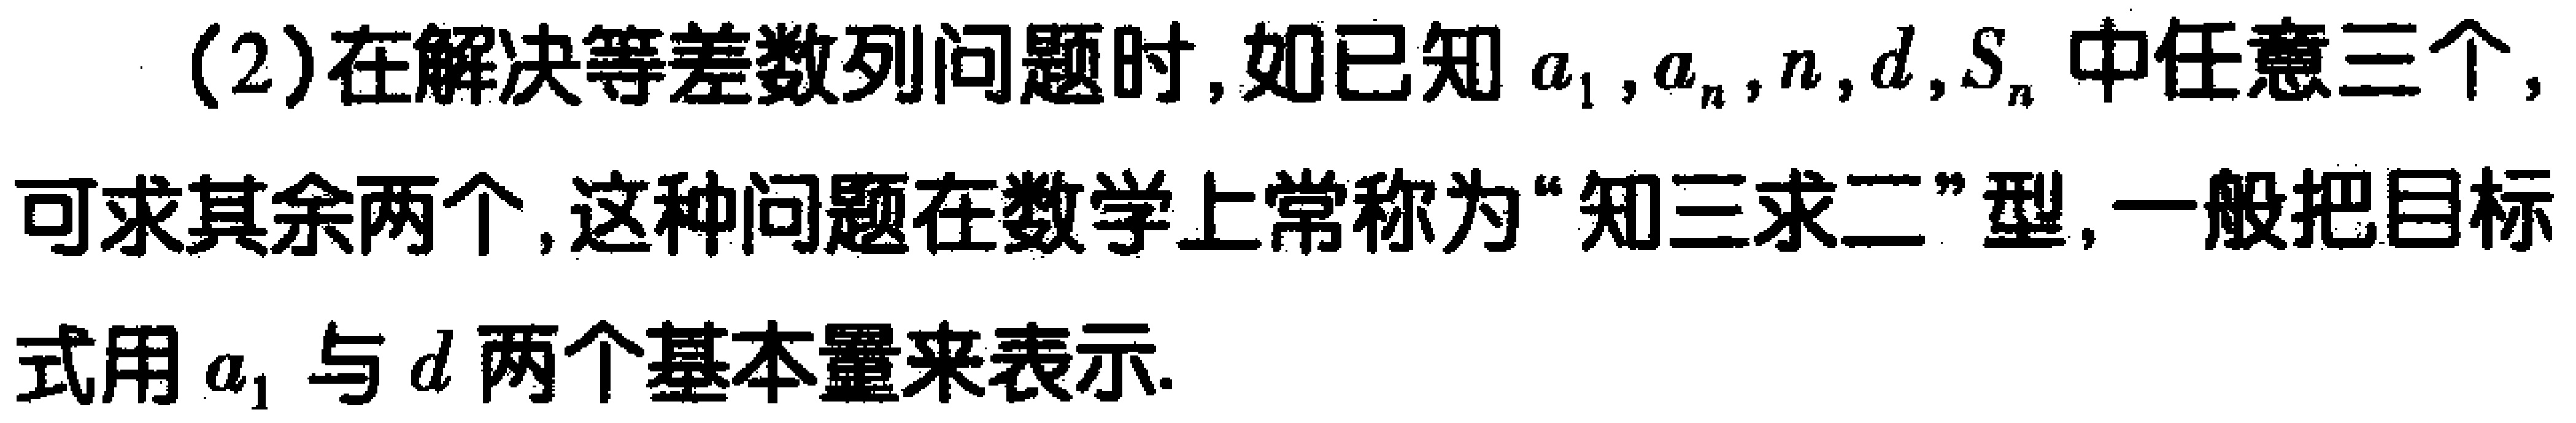
(2)在解决等差数列问题时,如已知\(a_{1},a_{n},n,d,S_{n}\)中任意三个,可求其余两个,这种问题在数学上常称为“知三求二”型,一般把目标式用\(a_{1}\)与\(d\)两个基本量来表示.